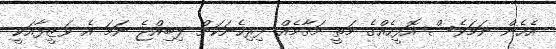
އެހެން ނަމަވެސް އޮފީހެއްގެ މަތީ މަޤާމެއް ފިރިހެނަކަށް ލިބިއްޖެ ނަމަ އެ ވަޒީފާއަކީ